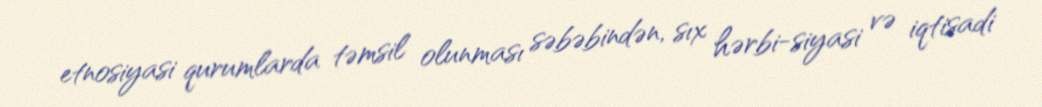
etnosiyasi qurumlarda təmsil olunması səbəbindən, sıx hərbi-siyasi və iqtisadi